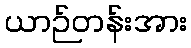
ယာဉ်တန်းအား